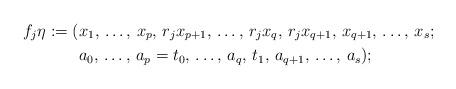
LaTeX: \begin{align*}f_{j} \eta := ( & x_{1},\,\ldots,\,x_{p},\,r_{j}x_{p+1},\,\dots,\, r_{j} x_{q},\,r_{j} x_{q+1},\,x_{q+1},\,\ldots,\,x_{s} ; \\& a_{0},\,\ldots,\,a_{p}=t_{0},\,\ldots,\,a_{q},\,t_{1},\, a_{q+1},\,\ldots,\,a_{s});\end{align*}